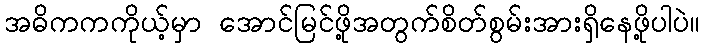
အဓိကကကိုယ့်မှာ အောင်မြင်ဖို့အတွက်စိတ်စွမ်းအားရှိနေဖို့ပါပဲ။